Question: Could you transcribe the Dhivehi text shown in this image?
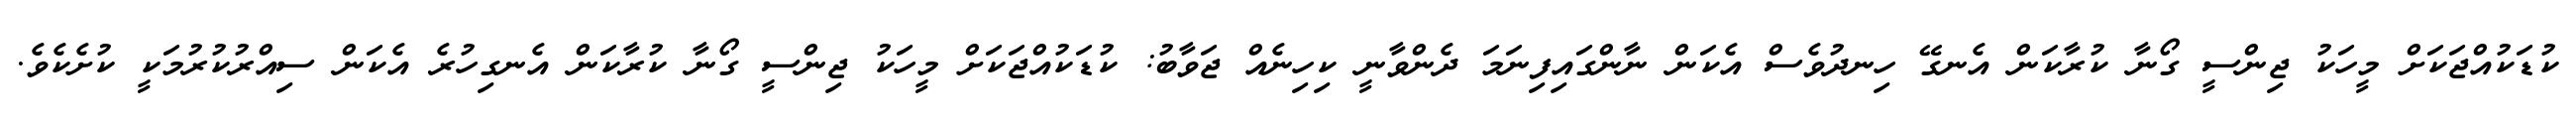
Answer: ކުޑަކުއްޖަކަށް މީހަކު ޖިންސީ ގޯނާ ކުރާކަން އެނގޭ ހިނދުވެސް އެކަން ނާންގައިފިނަމަ ދެންވާނީ ކިހިނެއް ޖަވާބު: ކުޑަކުއްޖަކަށް މީހަކު ޖިންސީ ގޯނާ ކުރާކަން އެނގިހުރެ އެކަން ސިއްރުކުރުމަކީ ކުށެކެވެ.